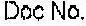
DOC NO.